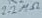
Text: 2.2MΩ